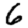
Digit: 6